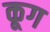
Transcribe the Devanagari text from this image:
कूग